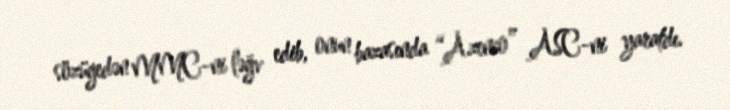
sözügedən MMC-ni ləğv edib, onun bazasında “Azenco” ASC-ni yaratdı.